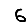
Digit: 6